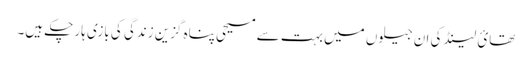
تھائ لینڈ کی ان جیلوں میں بہت سے مسیحی پناہ گزین زندگی کی بازی ہار چکے ہیں۔